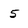
Character: 5